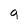
Character: g